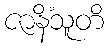
ဇာနိံသူတိ